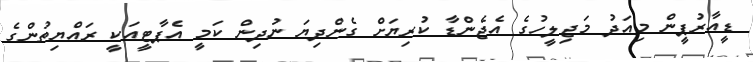
ޑީއާރުޕީން މިއަދު މަޖިލީހުގެ އެޖެންޑާ ކުރިޔަށް ގެންދިޔަ ނުދިން ކަމީ އެޕާޓީއަކީ ރައްޔިތުންގެ